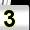
Digit: 3